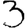
Digit: 3